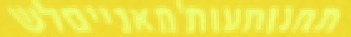
תחנותעות'מאנייםלש